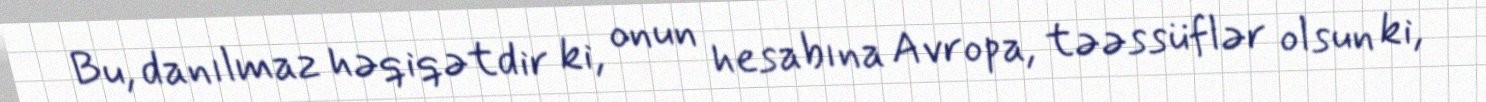
Bu, danılmaz həqiqətdir ki, onun hesabına Avropa, təəssüflər olsun ki,